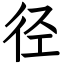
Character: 径